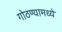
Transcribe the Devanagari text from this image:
गोठण्यामध्ये